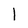
Character: l